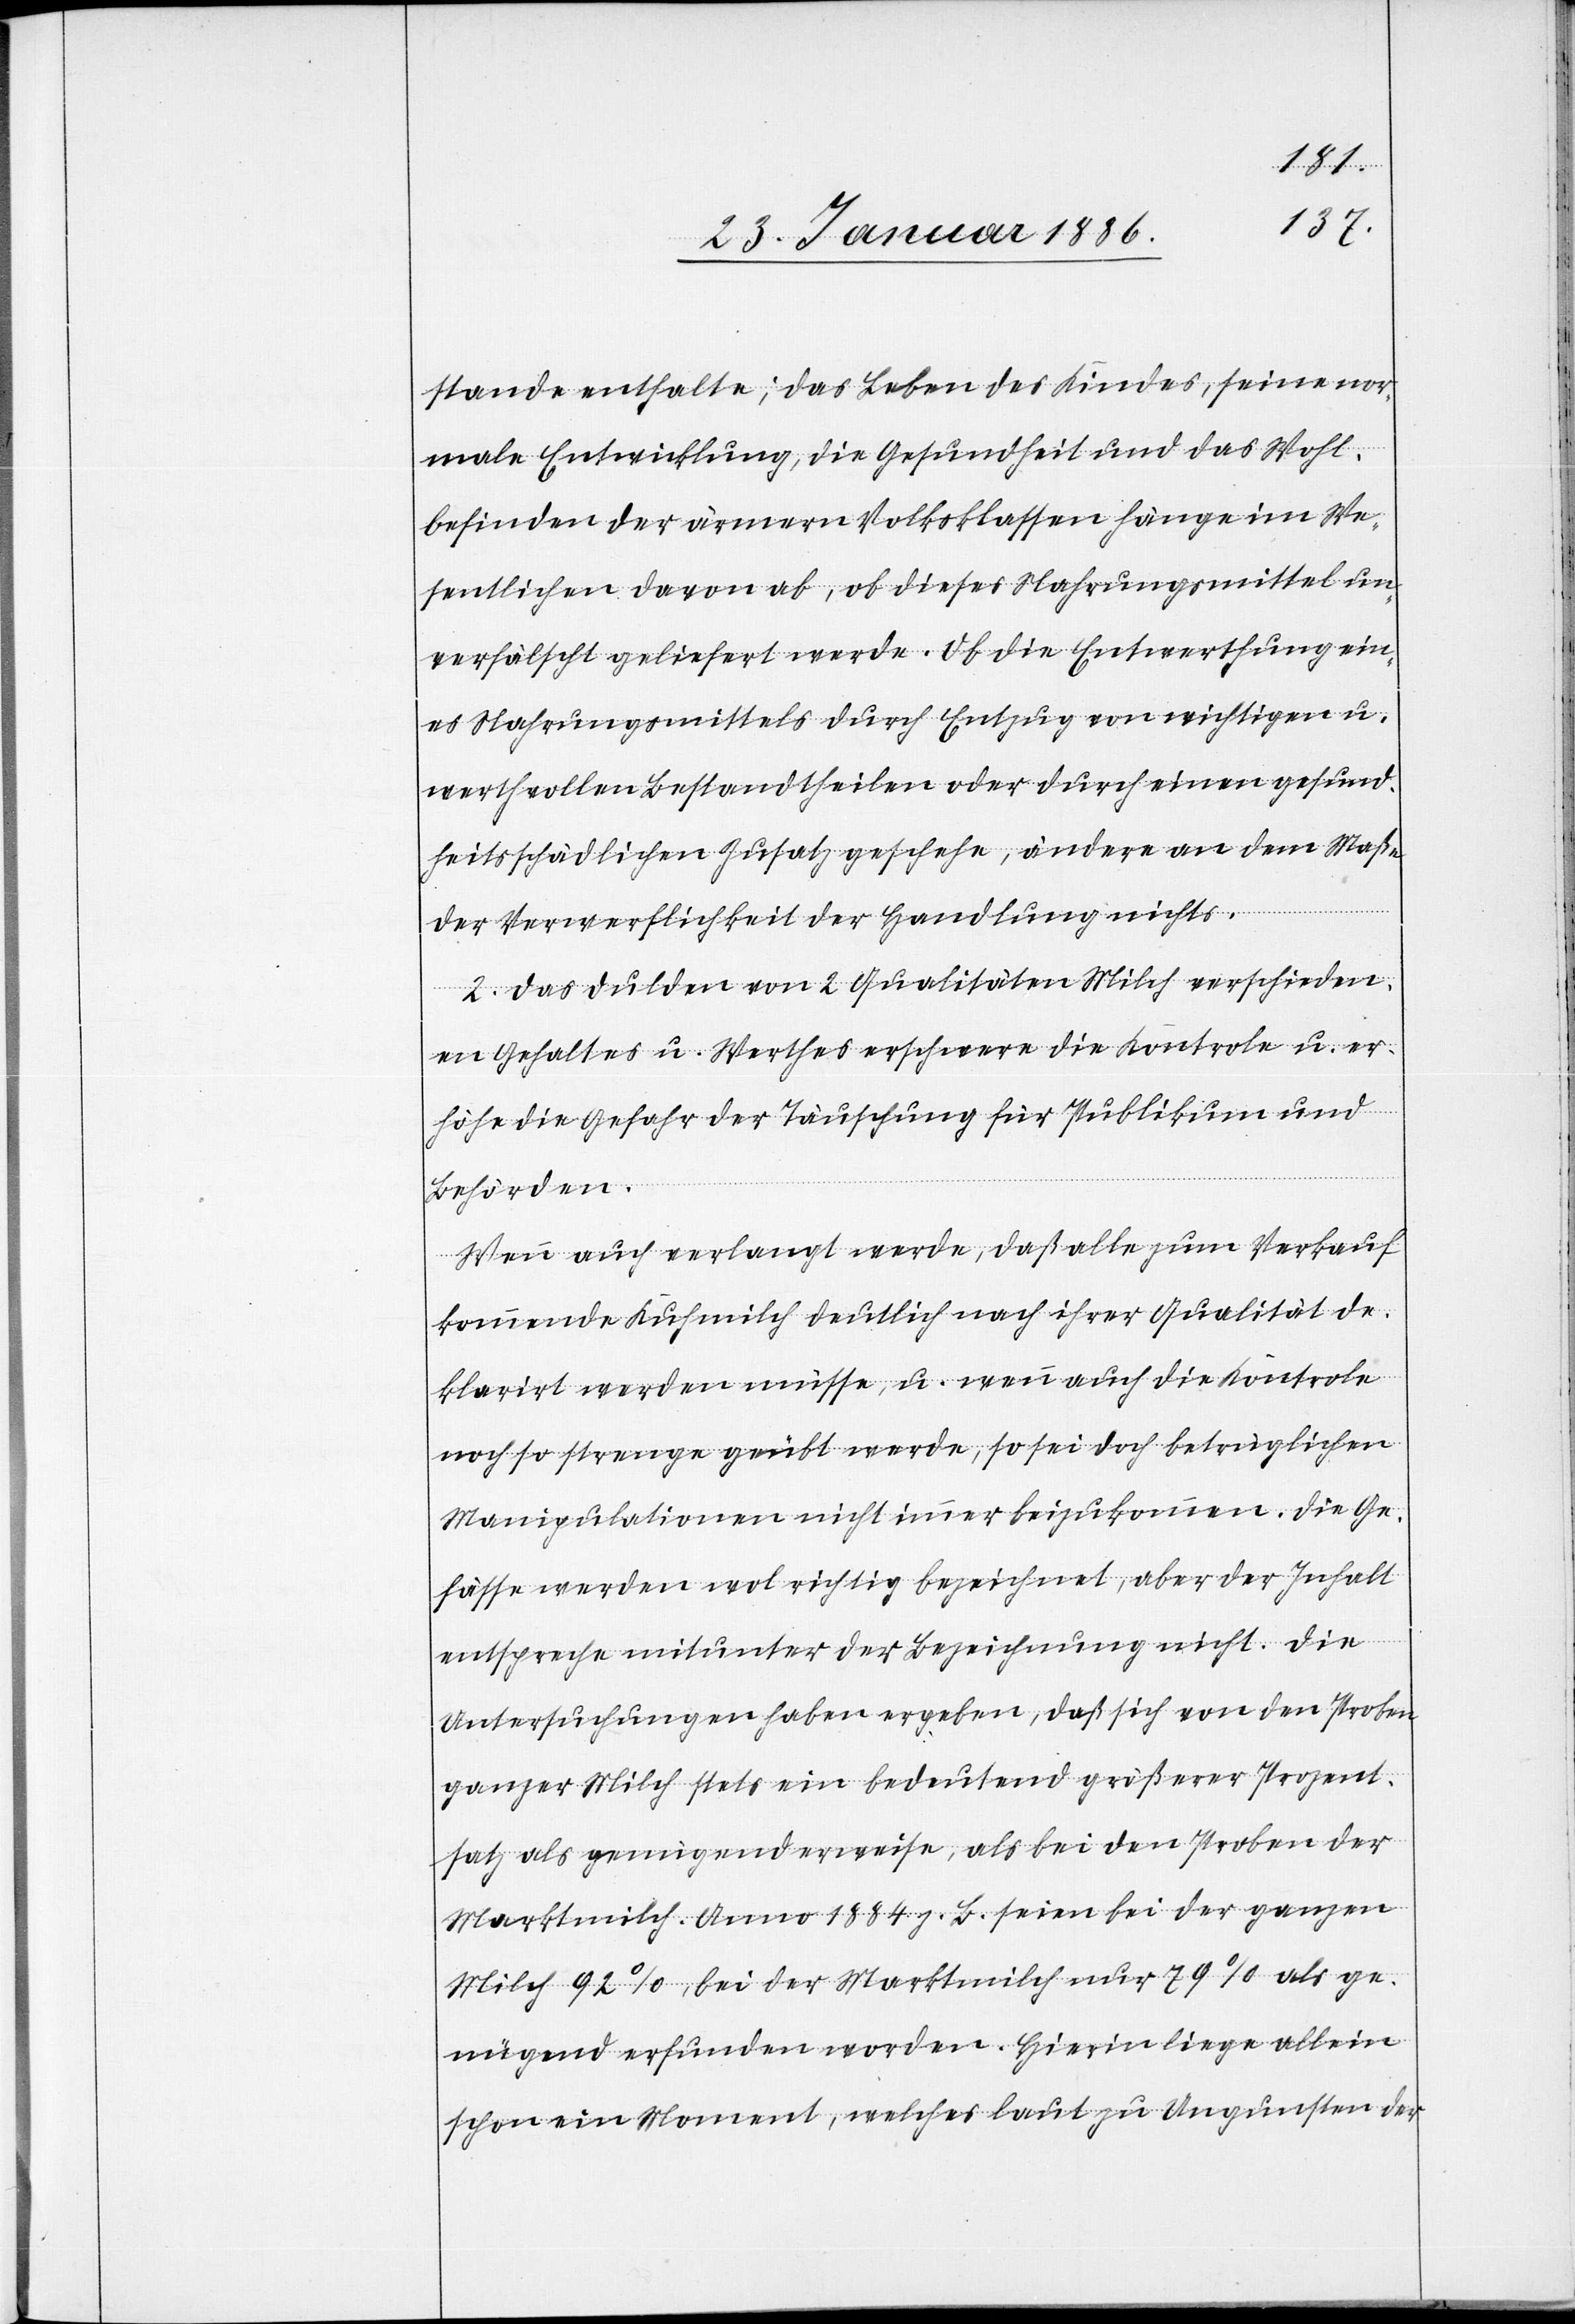
stande enthalte; das Leben des Kindes, seine nor¬
male Entwicklung, die Gesundheit und das Wohl¬
befinden der ärmern Volksklassen hänge im We¬
sentlichen davon ab, ob dieses Nahrungsmittel un¬
verfälscht geliefert werde. Ob die Entwerthung ein¬
es Nahrungsmittels durch Entzug von wichtigen u.
werthvollen Bestandtheilen oder durch einen gesund¬
heitsschädlichen Zusatz geschehe, ändre an dem Maß¬
e
der Verwerflichkeit der Handlung nichts.
2. Das Dulden von 2 Qualitäten Milch verschieden¬
en Gehaltes u. Werthes erschwere die Kontrole u. er¬
höhe die Gefahr der Täuschung für Publikum und
Behörden.
Wenn auch verlangt werde, daß alle zum Verkauf
kommende Kuhmilch deutlich nach ihrer Qualität de¬
klarirt werden müsse, u. wenn auch die Kontrole
noch so strenge geübt werde, so sei doch betrüglichen
Manipulationen nicht immer beizukommen. Die Ge¬
fässe werden wol richtig bezeichnet, aber der Inhalt
entspreche mitunter der Bezeichnung nicht. Die
Untersuchungen haben ergeben, daß sich von den Proben
ganzer Milch stets ein bedeutend größerer Prozent¬
satz als genügend erweise, als bei den Proben der
Marktmilch. Anno 1884 z. B. seien bei der ganzen
Milch 92%, bei der Marktmilch nur 79% als ge¬
nügend erfunden worden. Hierin liege allein
schon ein Moment, welches laut zu Ungunsten der